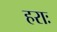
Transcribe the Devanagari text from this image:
हराः